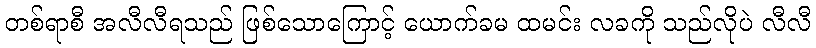
တစ်ရာစီ အလီလီရသည် ဖြစ်သောကြောင့် ယောက်ခမ ထမင်း လခကို သည်လိုပဲ လီလီ